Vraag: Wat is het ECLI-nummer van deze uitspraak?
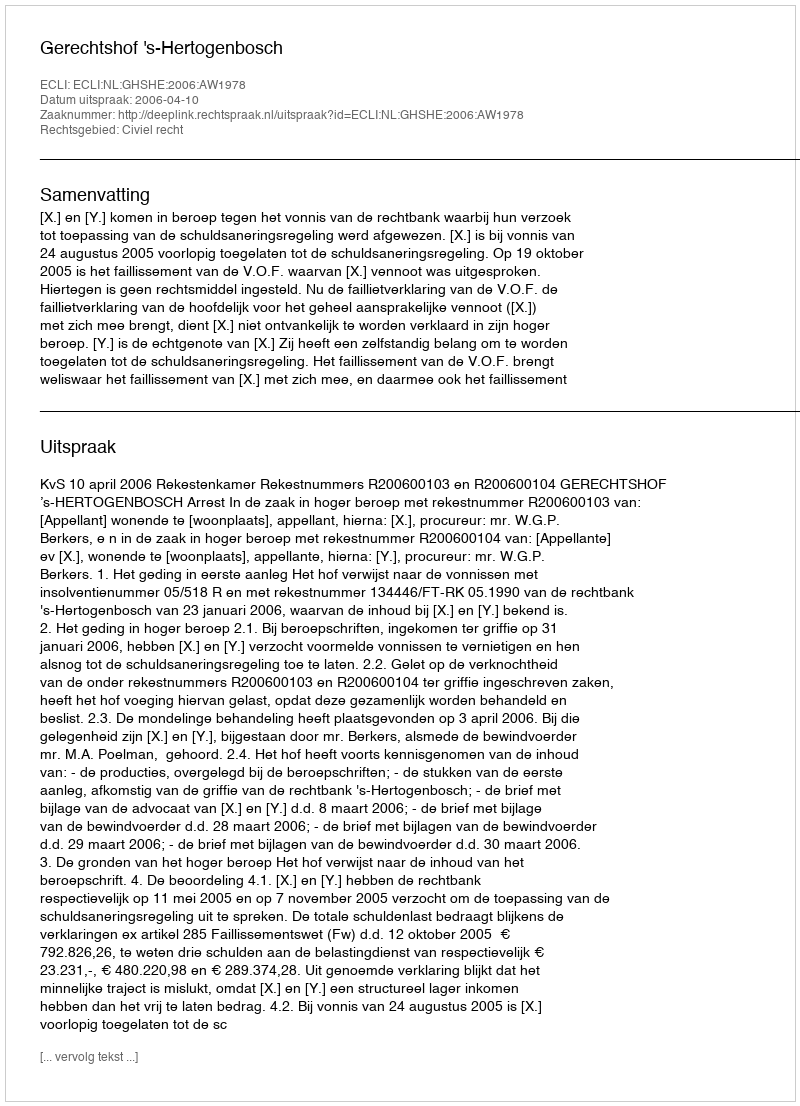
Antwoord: ECLI:NL:GHSHE:2006:AW1978